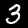
Digit: 3